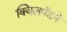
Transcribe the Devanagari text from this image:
क्विलपॅडने